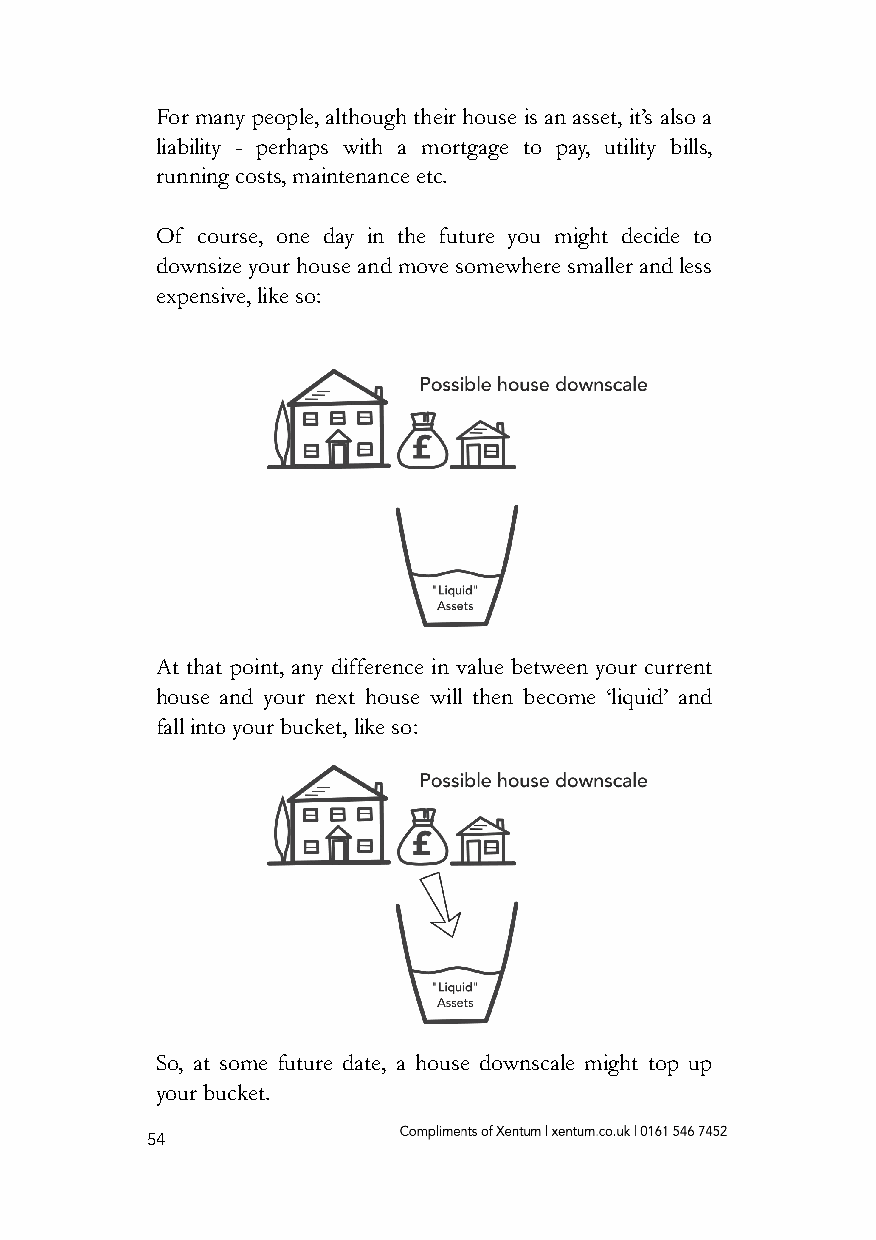
For many people, although their house is an asset, it’s also a
 liability - perhaps with a mortgage to pay, utility bills,
 running costs, maintenance etc.
 Of course, one day in the future you might decide to
 downsize your house and move somewhere smaller and less
 expensive, like so:
 At that point, any difference in value between your current
 house and your next house will then become ‘liquid’ and
 fall into your bucket, like so:
 So, at some future date, a house downscale might top up
 your bucket.
 54